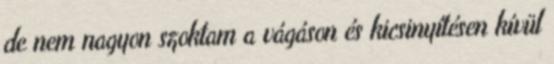
de nem nagyon szoktam a vágáson és kicsinyítésen kívül